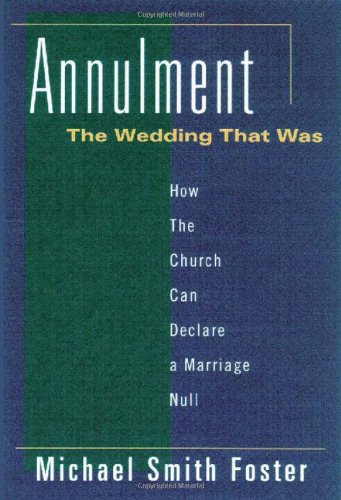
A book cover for Annulment, the Wedding That Was: How the Church Can Declare a Marriage Null; Michael S. Foster; Christian Books & Bibles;